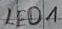
Text: LED1